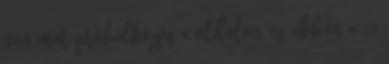
van már próbálkozás a oldalon, és abban a 13